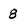
Character: 8